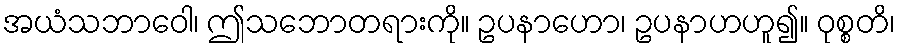
အယံသဘာဝေါ၊ ဤသဘောတရားကို။ ဥပနာဟော၊ ဥပနာဟဟူ၍။ ဝုစ္စတိ၊